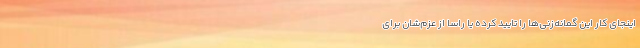
اینجای کار این گمانه‌زنی‌ها را تایید کرده یا راسا از عزم‌شان برای